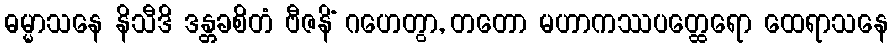
ဓမ္မာသနေ နိသီဒိ ဒန္တခစိတံ ဗီဇနိံ ဂဟေတွာ, တတော မဟာကဿပတ္ထေရော ထေရာသနေ